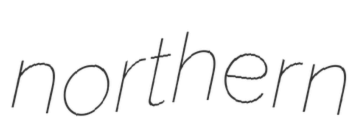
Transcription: northern